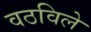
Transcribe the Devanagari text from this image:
वठविले